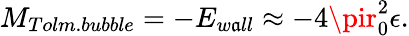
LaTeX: M_{Tolm.bubble}=-E_{w\mathfrak{a}ll}\approx-4\pir_{0}^{2}\epsilon.